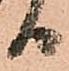
日